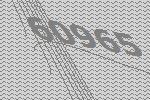
60965